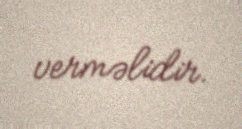
verməlidir.